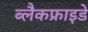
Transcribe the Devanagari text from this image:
ब्लैकफ्राइडे